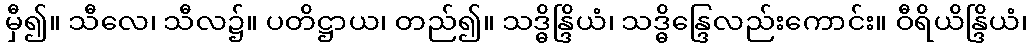
မှီ၍။ သီလေ၊ သီလ၌။ ပတိဋ္ဌာယ၊ တည်၍။ သဒ္ဓိန္ဒြိယံ၊ သဒ္ဓိန္ဒြေလည်းကောင်း။ ဝီရိယိန္ဒြိယံ၊